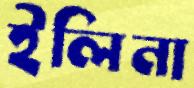
ইলিনা